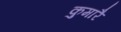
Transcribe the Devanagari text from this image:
कुमारै